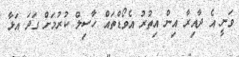
ވަނީ އެ ދާއިރާ އިން އިތުރު އެވޯޑްތައް ހާސިލް ކުރުމަށް ގަދަ އަޅާ